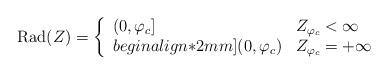
LaTeX: \begin{align*}{\rm Rad}(Z) = \left\{ \begin{array}{ll} {} (0,{\varphi_c}] & Z_{\varphi_c}<\infty\\begin{align*}2mm]{} (0,{\varphi_c}) & Z_{\varphi_c}=+\infty\end{array}\right.\end{align*}